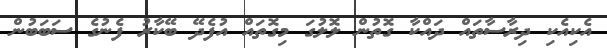
އެކިއެކި ދިރާސާތައް ދައްކާ ގޮތުން ލޮލުގަ މިގޮތައް އުފެދޭ ބޭކާރު ފެނުގެ ސަބަބުން